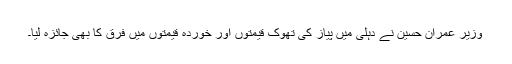
وزیر عمران حسین نے دہلی میں پیاز کی تھوک قیمتوں اور خوردہ قیمتوں میں فرق کا بھی جائزہ لیا۔